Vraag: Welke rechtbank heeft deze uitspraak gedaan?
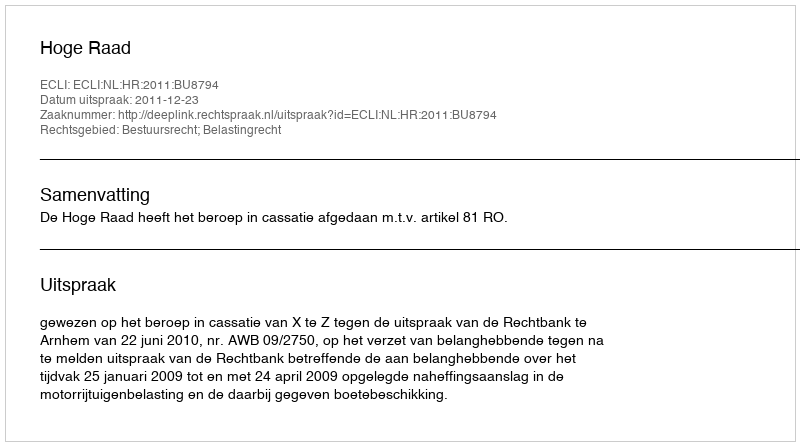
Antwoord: Hoge Raad